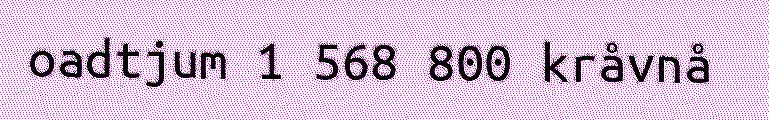
oadtjum 1 568 800 kråvnå